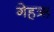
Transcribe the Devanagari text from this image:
गेहऋ